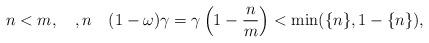
LaTeX: \begin{align*}n<m,\quad,n\quad(1-\omega)\gamma=\gamma\left( 1-\frac{n}{m}\right) <\min(\{n\},1-\{n\}), \end{align*}